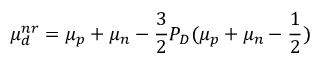
\mu _ { d } ^ { n r } = \mu _ { p } + \mu _ { n } - \frac { 3 } { 2 } P _ { D } ( \mu _ { p } + \mu _ { n } - \frac { 1 } { 2 } )